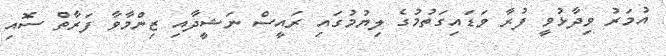
އުމަރު ވިދާޅުވީ ފުރާ ވަޑައިގަތުމުގެ ލިޔުމުގައި ރައީސް ނަޝީދާއި ޒިންމާވާ ފަރާތް ސޮއި